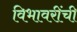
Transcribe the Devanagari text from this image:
विभावरींची